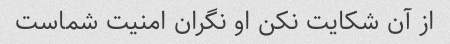
از آن شکایت نکن او نگران امنیت شماست